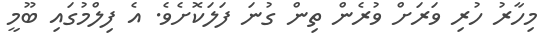
މިހާރު ހުރި ވަރަށް ވުރެން ތިން ގުނަ ފަލަކޮށެވެ. އެ ފިލްމުގައި ބޫމީ